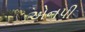
એનપી